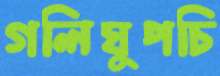
গলিঘুপচি